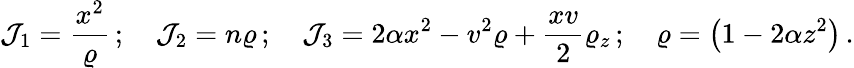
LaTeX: {\cal{J}}_{1}=\frac{x^{2}}{\varrho}\, ;\quad{\cal{J}}_{2}=n\varrho\, ;\quad{\cal{J}}_{3}=2\alpha x^{2}-v^{2}\varrho+\frac{xv}{2}\varrho_{z}\, ;\quad\varrho=\left(1-2\alpha z^{2}\right)\, .